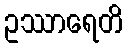
ဥဿာရေတိ